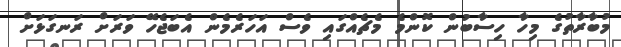
މުބާރާތުގެ މިހާ ހިސާބުން ކޮންމެ މެޗެއްގައި ވެސް އަހަރެމެން އެބަޖެހޭ ވަރަށް ރަނގަޅަށް